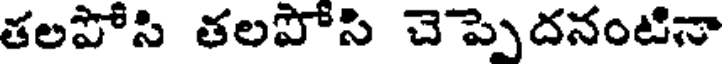
తలపోసి తలపోసి చెప్పెదనంటినా